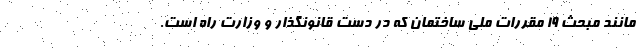
مانند مبحث ۱۹ مقررات ملی ساختمان که در دست قانونگذار و وزارت راه است.